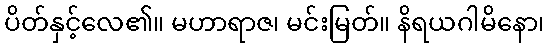
ပိတ်နှင့်လေ၏။ မဟာရာဇ၊ မင်းမြတ်။ နိရယဂါမိနော၊